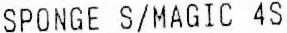
SPONGE S/MAGIC 4S